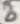
Text: 8